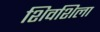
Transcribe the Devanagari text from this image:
शिवशिला